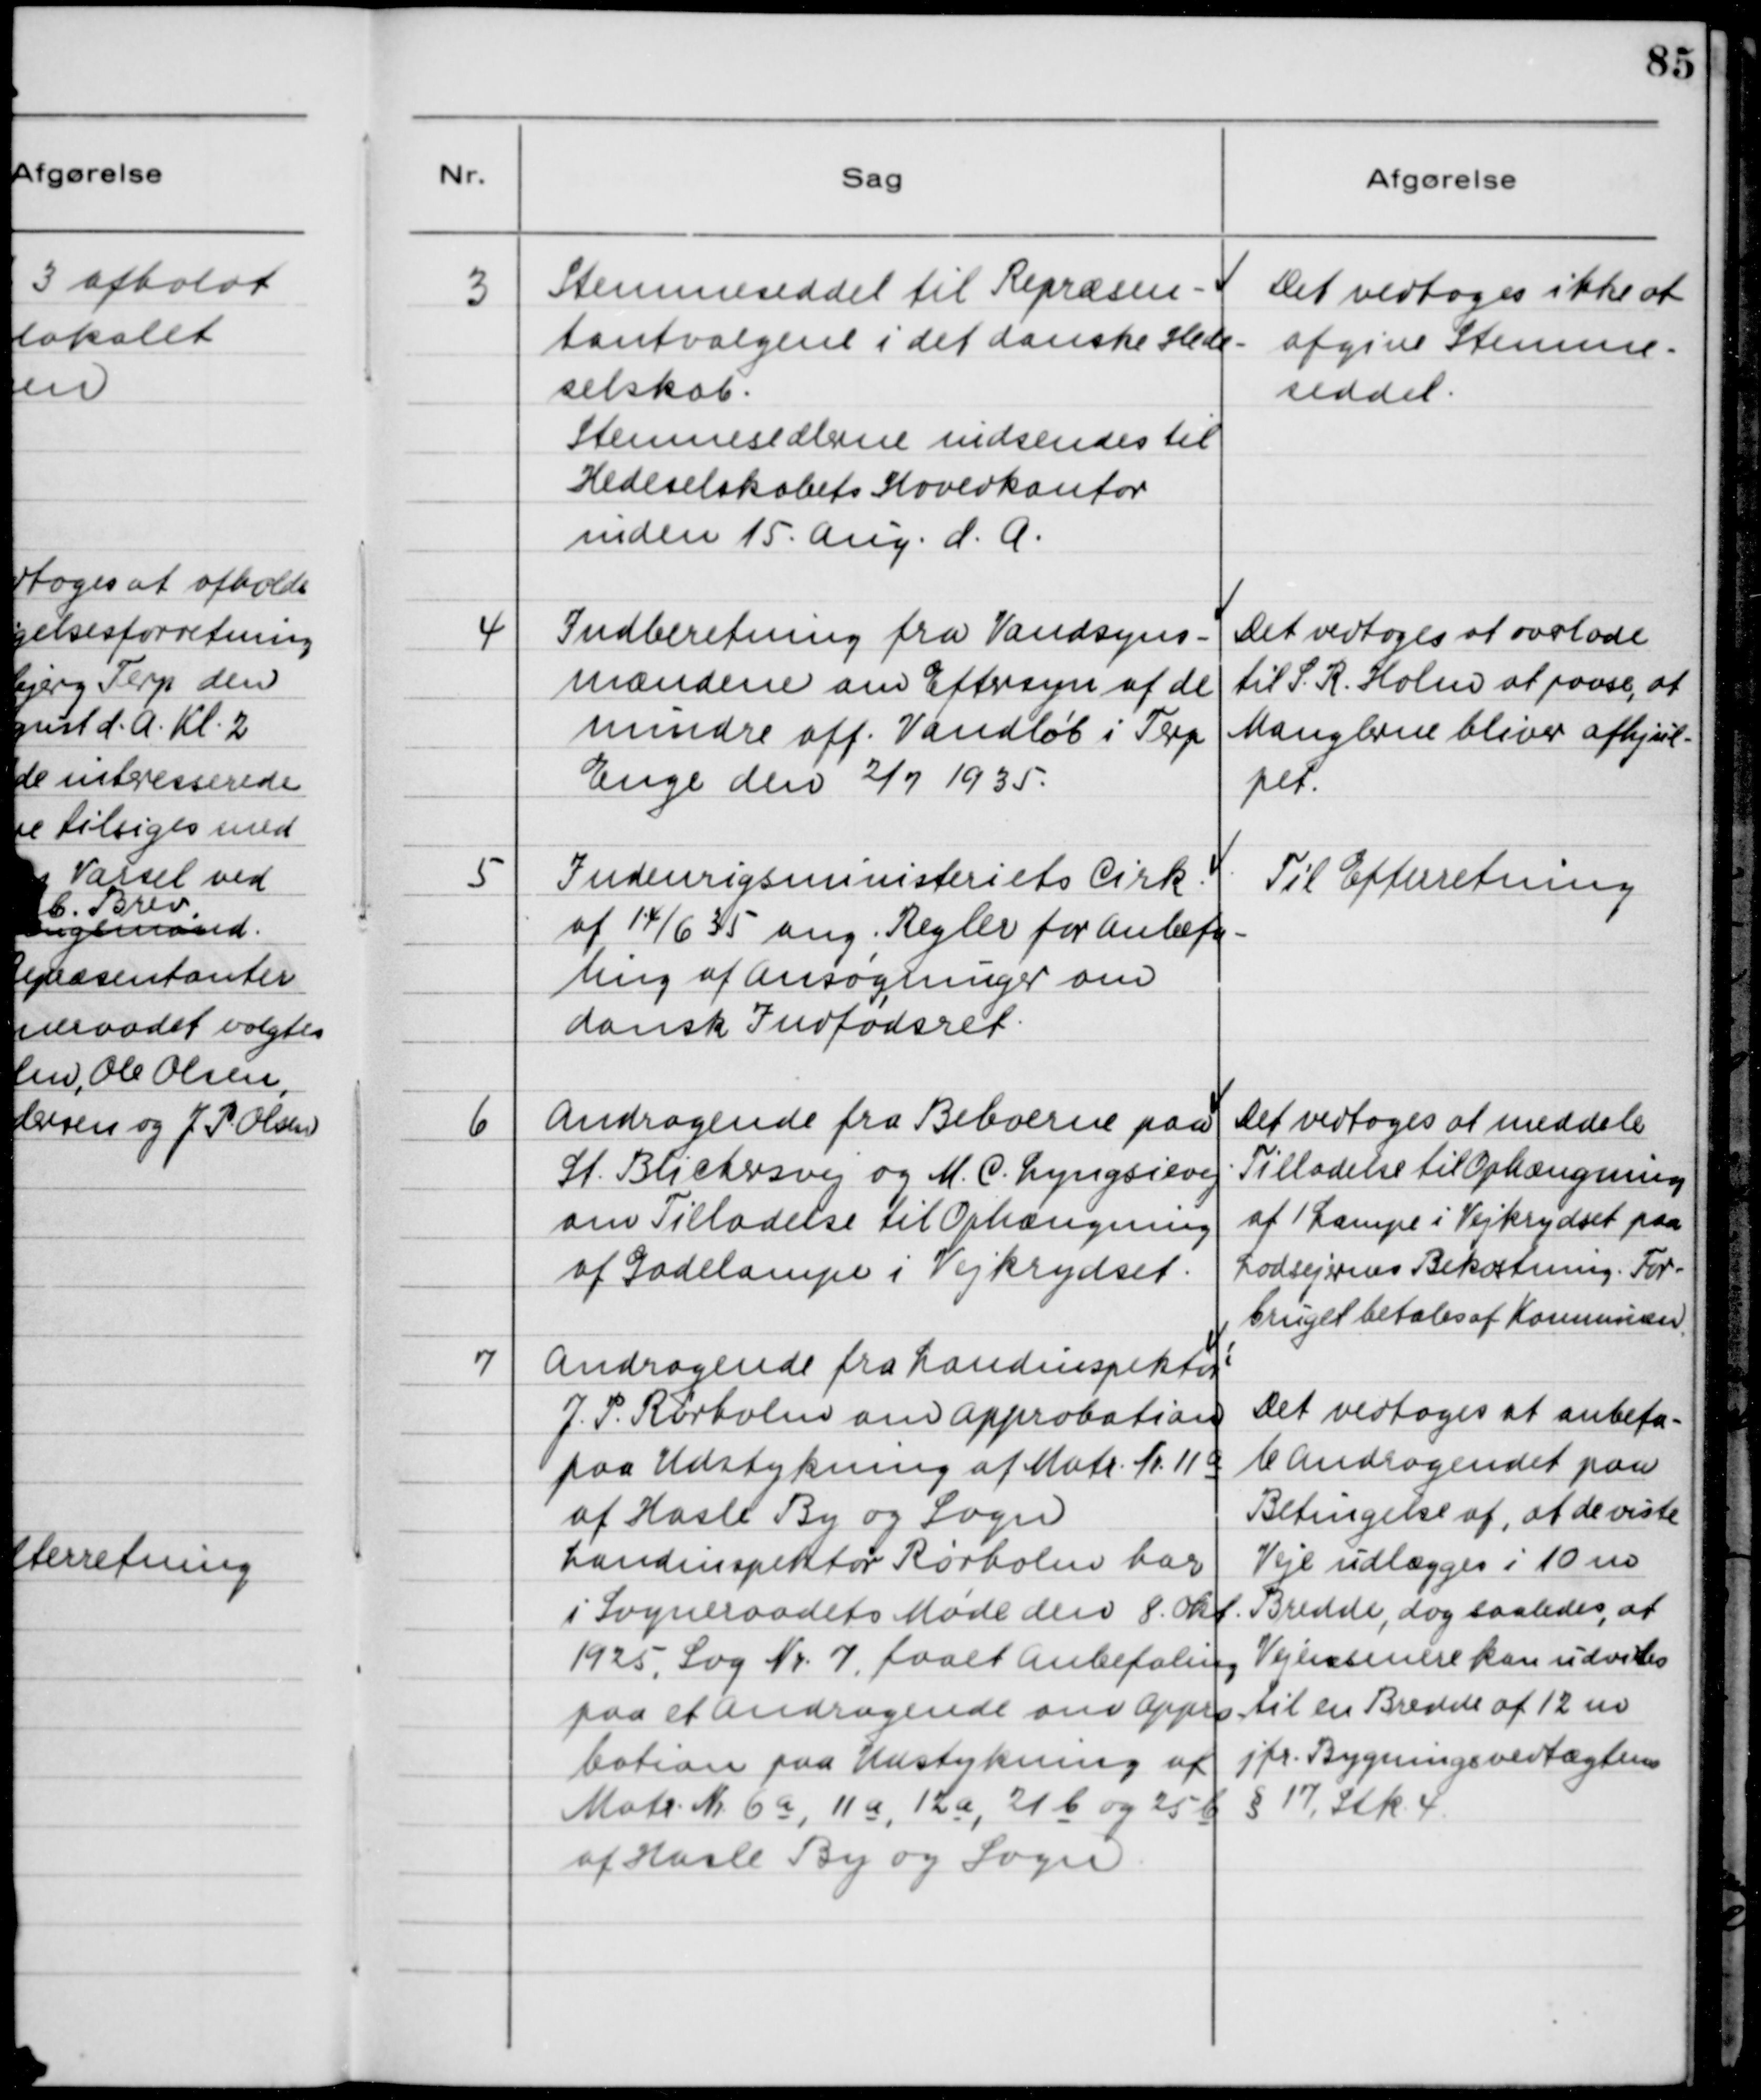
Transskription:
3

Stemmeseddel til Repræsen-
tantvalget i det danske Hede-
selskab.
Stemmesedlerne indsendes til
Hedeselskabets Hovedkontor
inden 15. Aug. d.A.

Det vedtoges ikke at
afgive Stemme-
seddel

4

Indberetning fra Vandsyns-
mændene om Eftersyn af de
mindre off. Vandløb i Terp
Enge den 2/7 1935.

Det vedtoges at overlade
til S. R. Holm at paase, at
Manglerne bliver afhjul-
pet.

5

Indenrigsministeriets Cirk.
af 14/6 35 ang. Regler for Anbefa-
ling af Ansøgninger om
dansk Indfødsret.

Til Efterretning

6

Andragende fra Beboerne paa
St. Blichersvej og M. C. Lyngsiesvej
om Tilladelse til Ophængning
af Gadelamper i Vejkrydset.

Det vedtoges at meddele
Tilladelse til Ophængning
af 1 Lampe i Vejkrydset paa
Lodsejernes Bekostning. For-
bruget betales af Kommunen.

7

Andragende fra Landinspektør
J. P. Rørholm om Approbation
paa Udstykning af Matr. Nr. 11 a
af Hasle By og Sogn
Landinspektør Rørholm har
i Sogneraadets Møde den 8. Okt.
1925, Sag Nr. 7, faaet Anbefaling
paa et Andragende om Appro-
bation paa Udstykning af
Matr. Nr. 6a, 11 a, 12a, 21b og 25b
af Hasle By og Sogn.

Det vedtoges at anbefa-
le Andragendet paa
Betingelse af, at de viste
Veje udlægges i 10 m
Bredde, dog saaledes, at
Vejen senere kan udvides
til en Bredde af 12 m
jfr. Bygningsvedtægtens
§ 17, Stk. 4